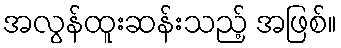
အလွန်ထူးဆန်းသည့် အဖြစ်။